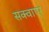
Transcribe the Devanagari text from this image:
सक्वाएर